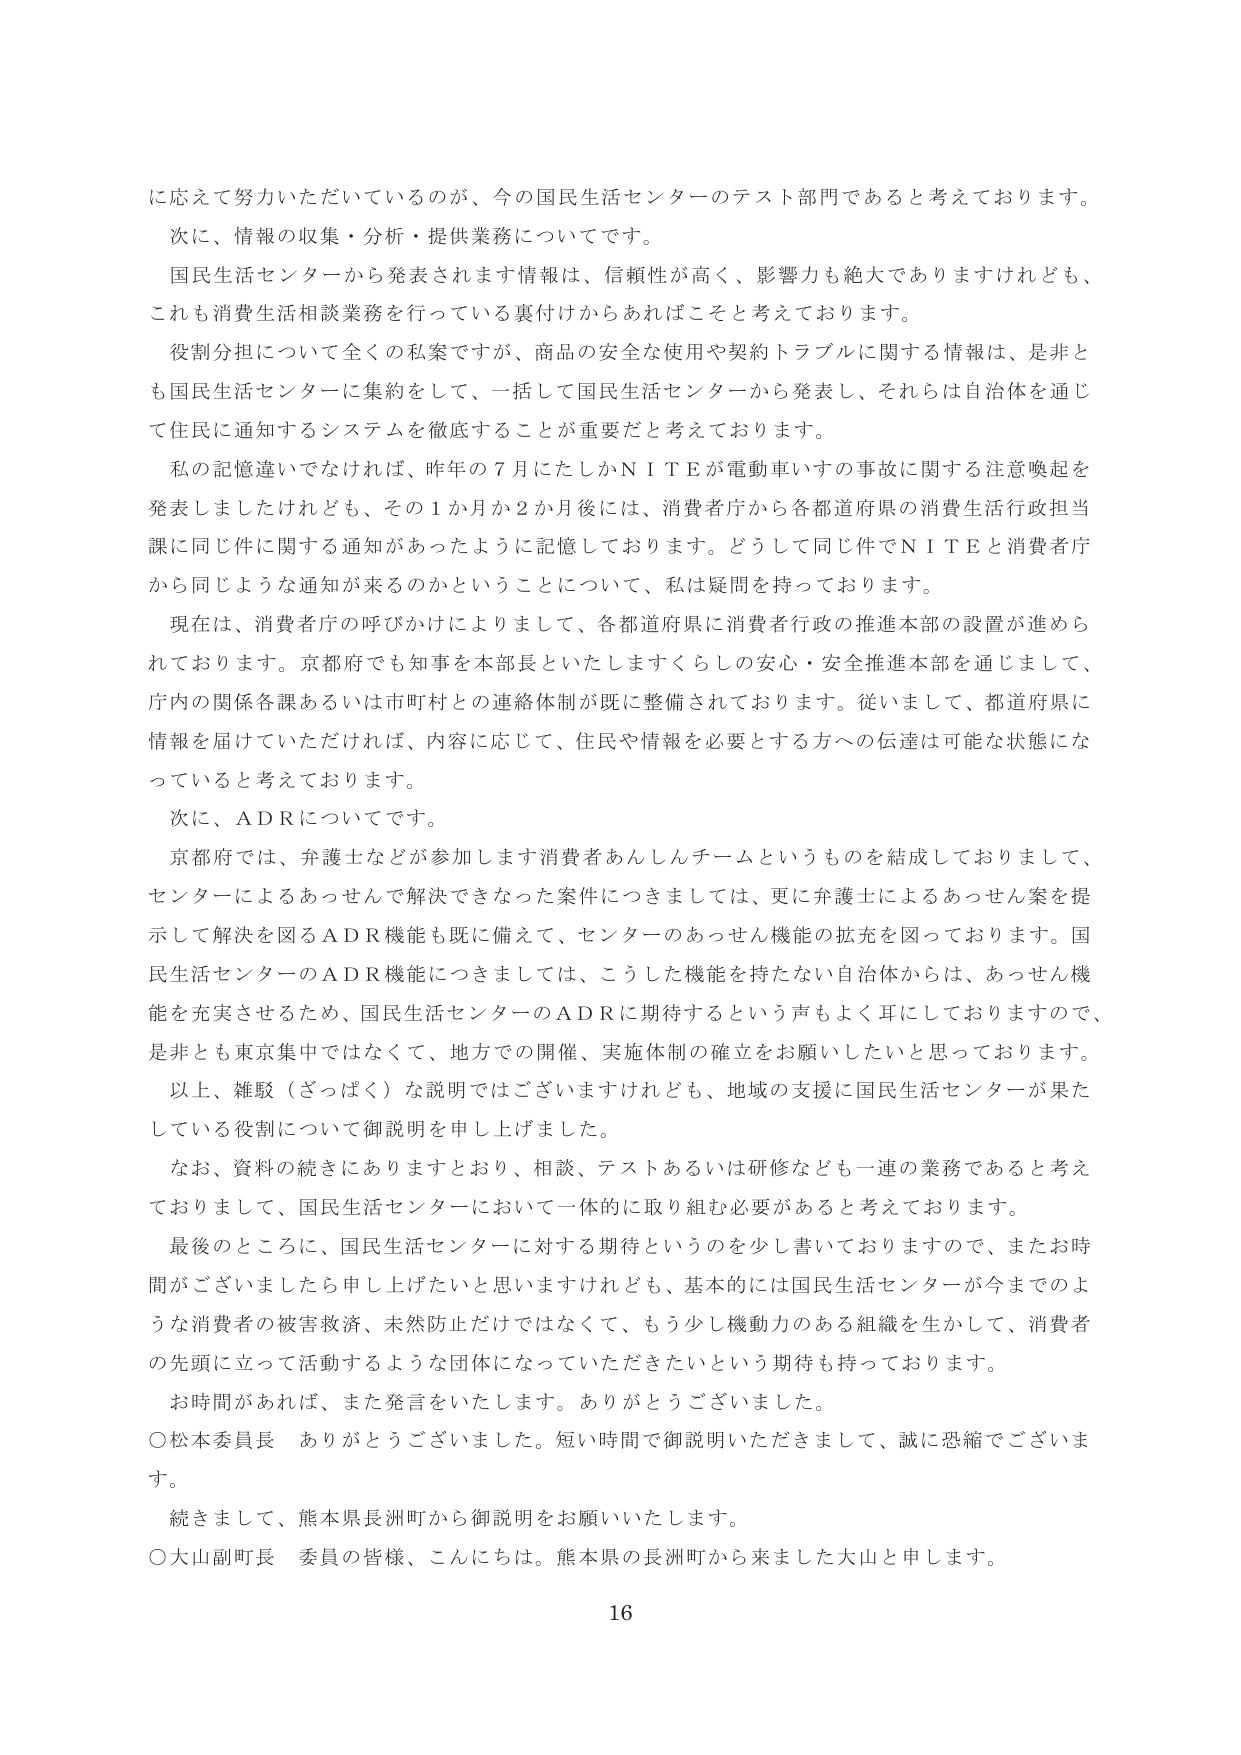
に応えて努力いただいているのが、今の国民生活センターのテスト部門であると考えております。
次に、情報の収集・分析・提供業務についてです。
国民生活センターから発表されます情報は、信頼性が高く、影響力も絶大でありますけれども、
これも消費生活相談業務を行っている裏付けからあればこそと考えております。
役割分担について全くの私案ですが、商品の安全な使用や契約トラブルに関する情報は、是非と
も国民生活センターに集約をして、一括して国民生活センターから発表し、それらは自治体を通じ
て住民に通知するシステムを徹底することが重要だと考えております。
私の記憶違いでなければ、昨年の７月にたしかＮＩＴＥが電動車いすの事故に関する注意喚起を
発表しましたけれども、その１か月か２か月後には、消費者庁から各都道府県の消費生活行政担当
課に同じ件に関する通知があったように記憶しております。どうして同じ件でＮＩＴＥと消費者庁
から同じような通知が来るのかということについて、私は疑問を持っております。
現在は、消費者庁の呼びかけによりまして、各都道府県に消費者行政の推進本部の設置が進めら
れております。京都府でも知事を本部長といたしますくらしの安心・安全推進本部を通じまして、
庁内の関係各課あるいは市町村との連絡体制が既に整備されております。従いまして、都道府県に
情報を届けていただければ、内容に応じて、住民や情報を必要とする方への伝達は可能な状態にな
っていると考えております。
次に、ＡＤＲについてです。
京都府では、弁護士などが参加します消費者あんしんチームというものを結成しておりまして、
センターによるあっせんで解決できなかった案件につきましては、更に弁護士によるあっせん案を提
示して解決を図るＡＤＲ機能も既に備えて、センターのあっせん機能の拡充を図っております。国
民生活センターのＡＤＲ機能につきましては、こうした機能を持たない自治体からは、あっせん機
能を充実させるため、国民生活センターのＡＤＲに期待するという声もよく耳にしておりますので、
是非とも東京集中ではなくて、地方での開催、実施体制の確立をお願いしたいと思っております。
以上、雑駁（ざっぱく）な説明ではございますけれども、地域の支援に国民生活センターが果た
している役割について御説明を申し上げました。
なお、資料の続きにありますとおり、相談、テストあるいは研修なども一連の業務であると考え
ておりまして、国民生活センターにおいて一体的に取り組む必要があると考えております。
最後のところに、国民生活センターに対する期待というのを少し書いておりますので、またお時
間がございましたら申し上げたいと思いますけれども、基本的には国民生活センターが今までのよ
うな消費者の被害救済、未然防止だけではなくて、もう少し機動力のある組織を生かして、消費者
の先頭に立って活動するような団体になっていただきたいという期待も持っております。
お時間があれば、また発言をいたします。ありがとうございました。
○松本委員長　ありがとうございました。短い時間で御説明いただきまして、誠に恐縮でございま
す。
続きまして、熊本県長洲町から御説明をお願いいたします。
○大山副町長　委員の皆様、こんにちは。熊本県の長洲町から来ました大山と申します。
16